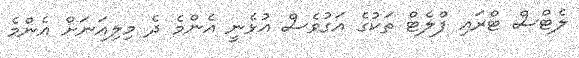
ލެޓްސް ޓްރައި ފްލެޓް ތަކުގެ އަގުވެސް އުޅެނީ އެންމެ ދެ މިލިއަނަށް އެންމެ